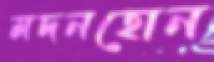
মদনহোন